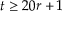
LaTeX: t \geq 2 0 r + 1